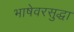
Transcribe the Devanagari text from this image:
भाषेवरसुद्धा